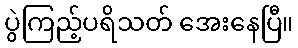
ပွဲကြည့်ပရိသတ် အေးနေပြီ။